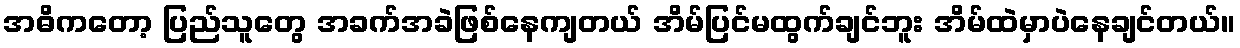
အဓိကတော့ ပြည်သူတွေ အခက်အခဲဖြစ်နေကျတယ် အိမ်ပြင်မထွက်ချင်ဘူး အိမ်ထဲမှာပဲနေချင်တယ်။